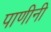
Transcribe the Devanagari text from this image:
पाणीनी